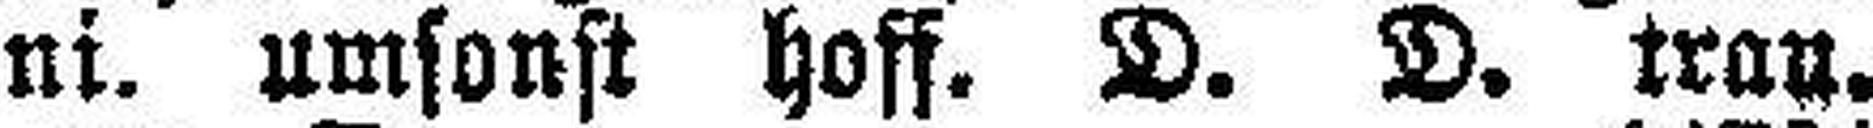
ni. umsonst hoff. D. D. trau,.